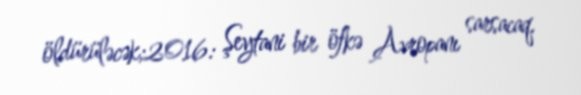
öldürüləcək;2016: Şeytani bir öfkə Avropanı sarsacaq.